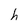
Character: h